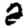
Digit: 2